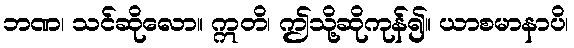
ဘဏ၊ သင်ဆိုလော။ ဣတိ၊ ဤသို့ဆိုကုန်၍။ ယာစမာနာပိ၊